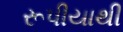
રૂપીયાથી